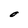
Character: O